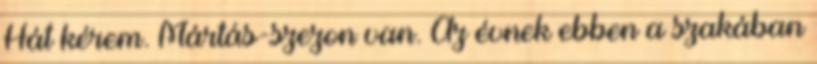
Hát kérem. Mártás-szezon van. Az évnek ebben a szakában